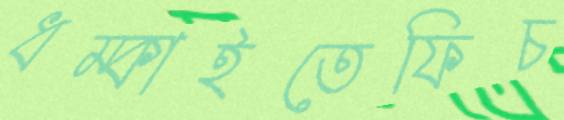
ধম্‌কাইতেফিচ